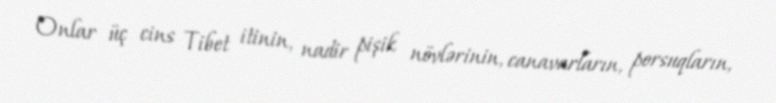
Onlar üç cins Tibet itinin, nadir pişik növlərinin, canavarların, porsuqların,